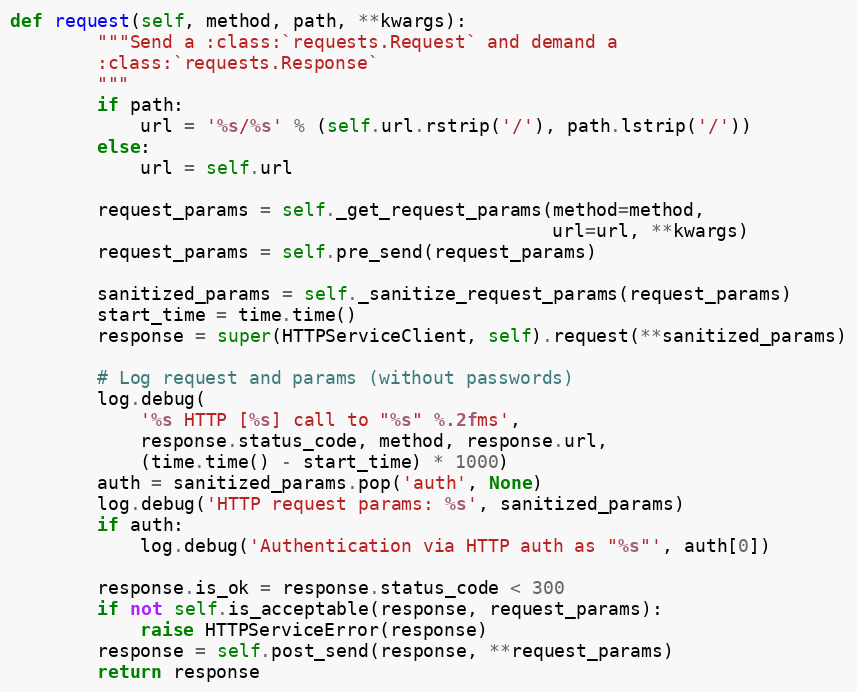
Language: Python
def request(self, method, path, **kwargs):
        """Send a :class:`requests.Request` and demand a
        :class:`requests.Response`
        """
        if path:
            url = '%s/%s' % (self.url.rstrip('/'), path.lstrip('/'))
        else:
            url = self.url

        request_params = self._get_request_params(method=method,
                                                  url=url, **kwargs)
        request_params = self.pre_send(request_params)

        sanitized_params = self._sanitize_request_params(request_params)
        start_time = time.time()
        response = super(HTTPServiceClient, self).request(**sanitized_params)

        # Log request and params (without passwords)
        log.debug(
            '%s HTTP [%s] call to "%s" %.2fms',
            response.status_code, method, response.url,
            (time.time() - start_time) * 1000)
        auth = sanitized_params.pop('auth', None)
        log.debug('HTTP request params: %s', sanitized_params)
        if auth:
            log.debug('Authentication via HTTP auth as "%s"', auth[0])

        response.is_ok = response.status_code < 300
        if not self.is_acceptable(response, request_params):
            raise HTTPServiceError(response)
        response = self.post_send(response, **request_params)
        return response